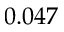
0 . 0 4 7